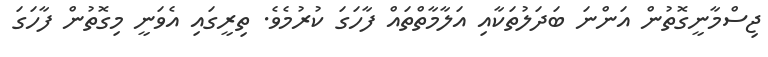
ޖިސްމާނީގޮތުން އަންނަ ބަދަލުތަކާއި އަލާމާތްތައް ފާހަގަ ކުރުމެވެ. ތިރީގައި އެވަނީ މިގޮތުން ފާހަގަ